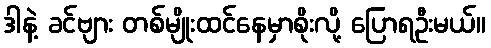
ဒါနဲ့ ခင်ဗျား တစ်မျိုးထင်နေမှာစိုးလို့ ပြောရဦးမယ်။